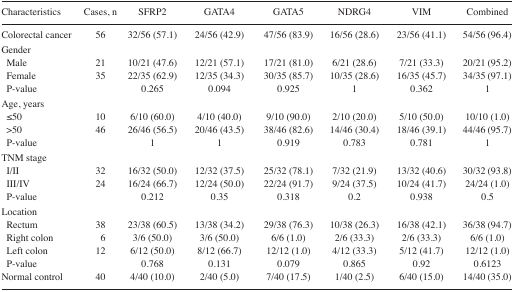
<table><thead><tr><td><b>Characteristics</b></td><td><b>Cases, n</b></td><td><b>SFRP2</b></td><td><b>GATA4</b></td><td><b>GATA5</b></td><td><b>NDRG4</b></td><td><b>VIM</b></td><td><b>Combined</b></td></tr></thead><tbody><tr><td>Colorectal cancer</td><td>56</td><td>32/56 (57.1)</td><td>24/56 (42.9)</td><td>47/56 (83.9)</td><td>16/56 (28.6)</td><td>23/56 (41.1)</td><td>54/56 (96.4)</td></tr><tr><td colspan="8">Gender</td></tr><tr><td> Male</td><td>21</td><td>10/21 (47.6)</td><td>12/21 (57.1)</td><td>17/21 (81.0)</td><td>6/21 (28.6)</td><td>7/21 (33.3)</td><td>20/21 (95.2)</td></tr><tr><td> Female</td><td>35</td><td>22/35 (62.9)</td><td>12/35 (34.3)</td><td>30/35 (85.7)</td><td>10/35 (28.6)</td><td>16/35 (45.7)</td><td>34/35 (97.1)</td></tr><tr><td> P-value</td><td></td><td>0.265</td><td>0.094</td><td>0.925</td><td>1</td><td>0.362</td><td>1</td></tr><tr><td colspan="8">Age, years</td></tr><tr><td> ≤50</td><td>10</td><td>6/10 (60.0)</td><td>4/10 (40.0)</td><td>9/10 (90.0)</td><td>2/10 (20.0)</td><td>5/10 (50.0)</td><td>10/10 (1.0)</td></tr><tr><td> &gt;50</td><td>46</td><td>26/46 (56.5)</td><td>20/46 (43.5)</td><td>38/46 (82.6)</td><td>14/46 (30.4)</td><td>18/46 (39.1)</td><td>44/46 (95.7)</td></tr><tr><td> P-value</td><td></td><td>1</td><td>1</td><td>0.919</td><td>0.783</td><td>0.781</td><td>1</td></tr><tr><td colspan="8">TNM stage</td></tr><tr><td> I/II</td><td>32</td><td>16/32 (50.0)</td><td>12/32 (37.5)</td><td>25/32 (78.1)</td><td>7/32 (21.9)</td><td>13/32 (40.6)</td><td>30/32 (93.8)</td></tr><tr><td> III/IV</td><td>24</td><td>16/24 (66.7)</td><td>12/24 (50.0)</td><td>22/24 (91.7)</td><td>9/24 (37.5)</td><td>10/24 (41.7)</td><td>24/24 (1.0)</td></tr><tr><td> P-value</td><td></td><td>0.212</td><td>0.35</td><td>0.318</td><td>0.2</td><td>0.938</td><td>0.5</td></tr><tr><td colspan="8">Location</td></tr><tr><td> Rectum</td><td>38</td><td>23/38 (60.5)</td><td>13/38 (34.2)</td><td>29/38 (76.3)</td><td>10/38 (26.3)</td><td>16/38 (42.1)</td><td>36/38 (94.7)</td></tr><tr><td> Right colon</td><td>6</td><td>3/6 (50.0)</td><td>3/6 (50.0)</td><td>6/6 (1.0)</td><td>2/6 (33.3)</td><td>2/6 (33.3)</td><td>6/6 (1.0)</td></tr><tr><td> Left colon</td><td>12</td><td>6/12 (50.0)</td><td>8/12 (66.7)</td><td>12/12 (1.0)</td><td>4/12 (33.3)</td><td>5/12 (41.7)</td><td>12/12 (1.0)</td></tr><tr><td> P-value</td><td></td><td>0.768</td><td>0.131</td><td>0.079</td><td>0.865</td><td>0.92</td><td>0.6123</td></tr><tr><td>Normal control</td><td>40</td><td>4/40 (10.0)</td><td>2/40 (5.0)</td><td>7/40 (17.5)</td><td>1/40 (2.5)</td><td>6/40 (15.0)</td><td>14/40 (35.0)</td></tr></tbody></table>